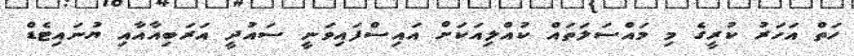
ހަތް އަހަރު ކުރީގެ މި މައްސަލަތައް ކުއްލިއަކަށް އަައިސްފައިވަނީ ސައުދީ އަރަބިއާއާއި ޔުނައިޓެޑް